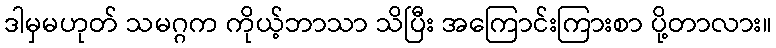
ဒါမှမဟုတ် သမဂ္ဂက ကိုယ့်ဘာသာ သိပြီး အကြောင်းကြားစာ ပို့တာလား။